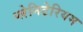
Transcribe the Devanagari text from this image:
प्लेनिटेरियम